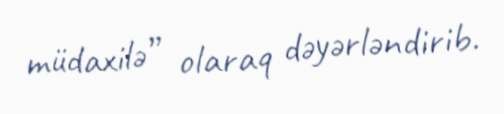
müdaxilə” olaraq dəyərləndirib.